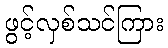
ဖွင့်လှစ်သင်ကြား